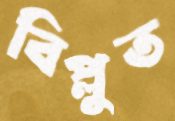
বিপ্লুত